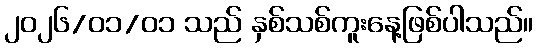
၂၀၂၆/၀၁/၀၁ သည် နှစ်သစ်ကူးနေ့ဖြစ်ပါသည်။